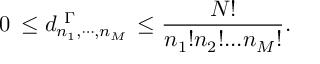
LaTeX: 0 \, \leq d _ { n _ { 1 } , \cdots , n _ { M } } ^ { \ \Gamma } \, \leq \frac { N ! } { n _ { 1 } ! n _ { 2 } ! . . . n _ { M } ! } .